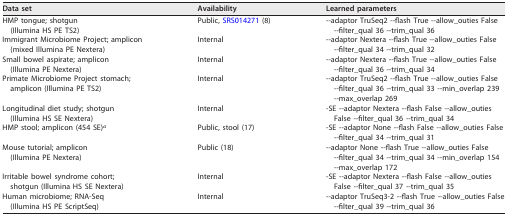
| Data set | Availability | Learned parameters |
 | --- | --- | --- |
 | HMP tongue; shotgun (Illumina HS PE TS2) | Public, SRS014271 (8) | --adaptor TruSeq2 --flash True --allow_outies False --filter_qual 36 --trim_qual 36 |
 | Immigrant Microbiome Project; amplicon (mixed Illumina PE Nextera) | Internal | --adaptor Nextera --flash True --allow_outies False --filter_qual 34 --trim_qual 32 |
 | Small bowel aspirate; amplicon (Illumina PE Nextera) | Internal | --adaptor Nextera --flash True --allow_outies False --filter_qual 36 --trim_qual 34 |
 | Primate Microbiome Project stomach; amplicon (Illumina PE TS2) | Internal | --adaptor TruSeq2 --flash True --allow_outies False --filter_qual 36 --trim_qual 33 --min_overlap 239 --max_overlap 269 |
 | Longitudinal diet study; shotgun (Illumina HS SE Nextera) | Internal | -SE --adaptor Nextera --flash False --allow_outies False --filter_qual 36 --trim_qual 34 |
 | HMP stool; amplicon (454 SE)a | Public, stool (17) | -SE --adaptor None --flash False --allow_outies False --filter_qual 34 --trim_qual 31 |
 | Mouse tutorial; amplicon (Illumina PE Nextera) | Public (18) | --adaptor None --flash True --allow_outies False --filter_qual 34 --trim_qual 34 --min_overlap 154 --max_overlap 172 |
 | Irritable bowel syndrome cohort; shotgun (Illumina HS SE Nextera) | Internal | -SE --adaptor Nextera --flash False --allow_outies False --filter_qual 37 --trim_qual 35 |
 | Human microbiome; RNA-Seq (Illumina HS PE ScriptSeq) | Internal | --adaptor TruSeq3-2 --flash True --allow_outies False --filter_qual 39 --trim_qual 36 |